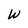
Character: W